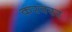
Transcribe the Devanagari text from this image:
करवरर